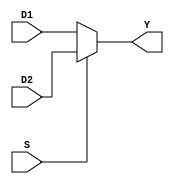
`timescale 1ns / 1ps
//////////////////////////////////////////////////////////////////////////////////
// Engineers:      Allan Montalvo, Lenin Munoz, Omar Aquino Pineda
// 
// Module Name:    MUX21
// Project Name:   This 2-to-1 Mux will decide which data will be pass through
//////////////////////////////////////////////////////////////////////////////////

module MUX21(D1, D2, S, Y );

    // Initialize input and output
    input         S;
    input  [31:0] D1, D2;
    output [31:0] Y;
    
    // If S is active then Y will get D2 else Y will get D1
    assign Y = S ? D2:D1;
    
endmodule